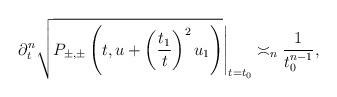
LaTeX: \begin{align*} \partial_{t}^n \sqrt{P_{\pm,\pm}\left(t, u+ \left(\frac{t_1}{t} \right)^2u_1 \right)}\Bigg|_{t=t_0} \asymp_n \frac{1}{t_0^{n-1}},\end{align*}